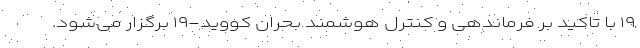
۱۹ با تاکید بر فرماندهی و کنترل هوشمند بحران کووید-۱۹ برگزار می‌شود.